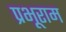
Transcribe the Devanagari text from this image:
प्रभूराम